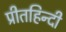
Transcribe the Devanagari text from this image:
प्रीतहिन्दी